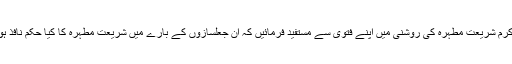
برائے کرم شریعت مطہرہ کی روشنی میں اپنے فتوٰی سے مستفید فرمائیں کہ ان جعلسازوں کے بارے میں شریعت مطہرہ کا کیا حکم نافذ ہوتا ہے؟